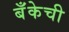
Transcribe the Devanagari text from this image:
बॅँकेची